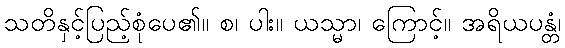
သတိနှင့်ပြည့်စုံပေ၏။ စ၊ ပါး။ ယသ္မာ၊ ကြောင့်။ အရိယပန္တံ၊